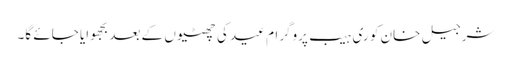
شرجیل خان کو ری ہیب پروگرام عید کی چھٹیوں کے بعد بجھوایا جائے گا۔